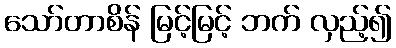
သော်တာစိန် မြင့်မြင့် ဘက် လှည့်၍